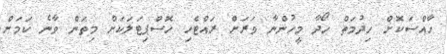
ހާއްސަކޮށް ހިދުމަތް ހޯދާ މީހުންނާ ވަރަށް ރައްޓެހި ހޮސްޕިޓަލަކަށް މިތަން ވާނެ ކަމަށް